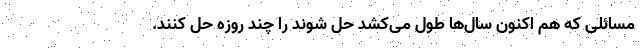
مسائلی که هم اکنون سال‌ها طول می‌کشد حل شوند را چند روزه حل کنند.